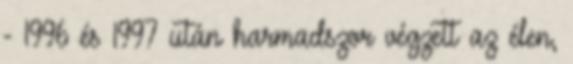
- 1996 és 1997 után harmadszor végzett az élen,